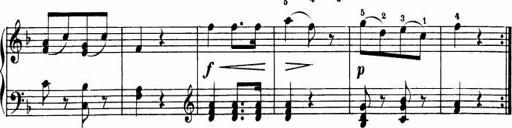
Title: Le bouquetier
Composer: Anton Diabelli
Key: G major
 C major
 F major
 C major